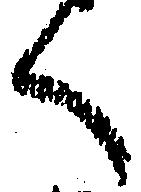
く